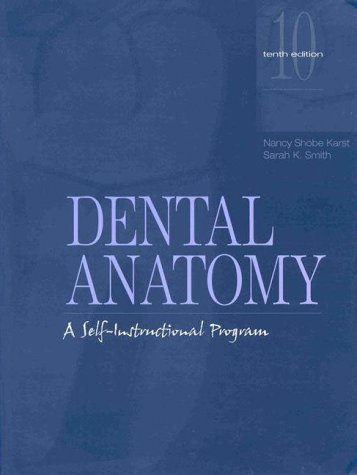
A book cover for Dental Anatomy: A Self-Instructional Program (10th Edition); Nancy Shobe Karst; Medical Books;